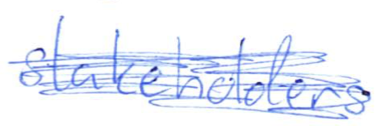
Text: stakeholders
Cross-out: scratch
Writing tool: ballpoint